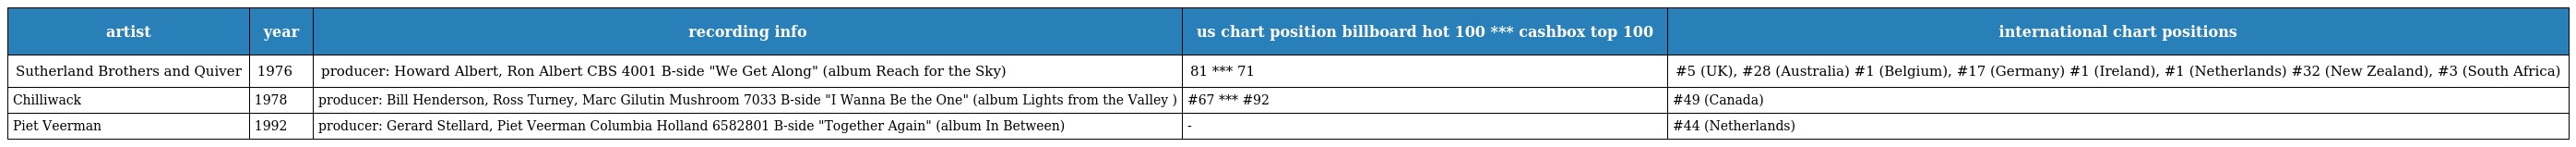
| artist | year | recording info | us chart position billboard hot 100 *** cashbox top 100 | international chart positions |
 | --- | --- | --- | --- | --- |
 | Sutherland Brothers and Quiver | 1976 | producer: Howard Albert, Ron Albert CBS 4001 B-side "We Get Along" (album Reach for the Sky) | 81 *** 71 | #5 (UK), #28 (Australia) #1 (Belgium), #17 (Germany) #1 (Ireland), #1 (Netherlands) #32 (New Zealand), #3 (South Africa) |
 | Chilliwack | 1978 | producer: Bill Henderson, Ross Turney, Marc Gilutin Mushroom 7033 B-side "I Wanna Be the One" (album Lights from the Valley ) | #67 *** #92 | #49 (Canada) |
 | Piet Veerman | 1992 | producer: Gerard Stellard, Piet Veerman Columbia Holland 6582801 B-side "Together Again" (album In Between) | - | #44 (Netherlands) |